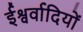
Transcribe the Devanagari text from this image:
ईश्वर्वादियों